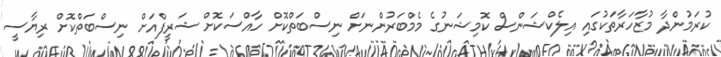
ކުރަމުންދާ މުޒާހަރާތަކުގައި އިލެކްޝަންސް ކޮމިޝަނުގެ މެމްބަރުންނަށް ނިސްބަތްކޮށް ހާއްސަކޮށް ޝަރީފްއަށް ނިސްބަތްކޮށް ރިޔާސީ